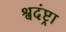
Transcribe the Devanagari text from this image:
श्वदंष्ट्रा